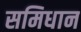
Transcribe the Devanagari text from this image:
समिधान